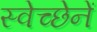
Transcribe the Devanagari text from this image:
स्वेच्छेनें